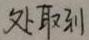
处取到